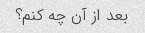
بعد از آن چه کنم؟